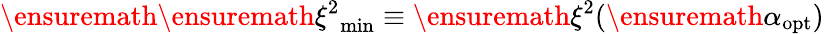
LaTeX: \ensuremath{\ensuremath{\xi^{2}}_{\mathrm{min}}}\equiv\ensuremath{\xi^{2}}(\ensuremath{\alpha_{\mathrm{opt}}})